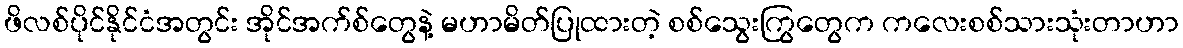
ဖိလစ်ပိုင်နိုင်ငံအတွင်း အိုင်အက်စ်တွေနဲ့ မဟာမိတ်ပြုထားတဲ့ စစ်သွေးကြွတွေက ကလေးစစ်သားသုံးတာဟာ